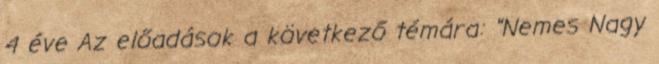
4 éve Az előadások a következő témára: "Nemes Nagy